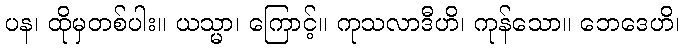
ပန၊ ထိုမှတစ်ပါး။ ယသ္မာ၊ ကြောင့်။ ကုသလာဒီဟိ၊ ကုန်သော။ ဘေဒေဟိ၊